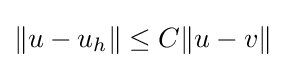
\|u-u_{h}\|\leq C\|u-v\|